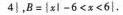
4|，B={x|-6<x,6}.